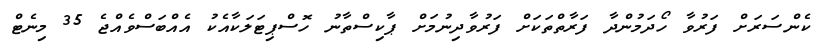
ކެންސަރަށް ފަރުވާ ހޯދަމުންދާ ފަރާތްތަކަށް ފަރުވާދިނުމަށް ޕާކިސްތާނު ހޮސްޕިޓަލަކާއެކު އެއްބަސްވެއްޖެ 35 މިނެޓް